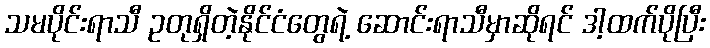
သမပိုင်းရာသီ ဥတုရှိတဲ့နိုင်ငံတွေရဲ့ ဆောင်းရာသီမှာဆိုရင် ဒါ့ထက်ပိုပြီး